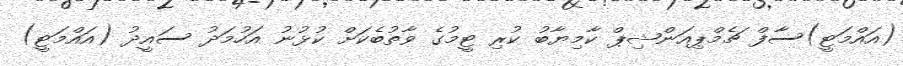
(އައްމަޓީ)ސާފް ޗެމްޕިއަންޝިޕް ކާމިޔާބު ކުރި ޓީމުގެ ވާތުބެކަށް ކުޅުނު އަހުމަދު ސައީދު (އައްމަޓީ)